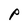
Character: p